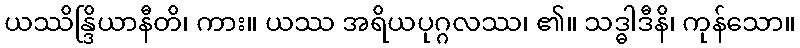
ယဿိန္ဒြိယာနီတိ၊ ကား။ ယဿ အရိယပုဂ္ဂလဿ၊ ၏။ သဒ္ဓါဒီနိ၊ ကုန်သော။